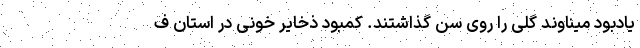
یادبود میناوند گلی را روی سن گذاشتند. کمبود ذخایر خونی در استان ف